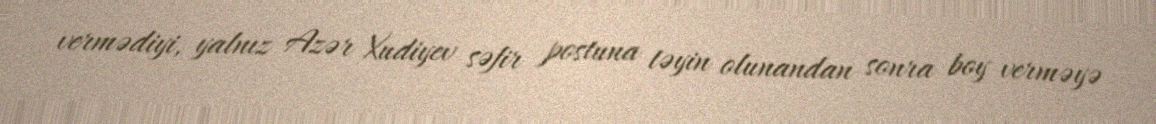
vermədiyi, yalnız Azər Xudiyev səfir postuna təyin olunandan sonra boy verməyə